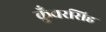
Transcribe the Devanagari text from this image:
कुँवरसिह